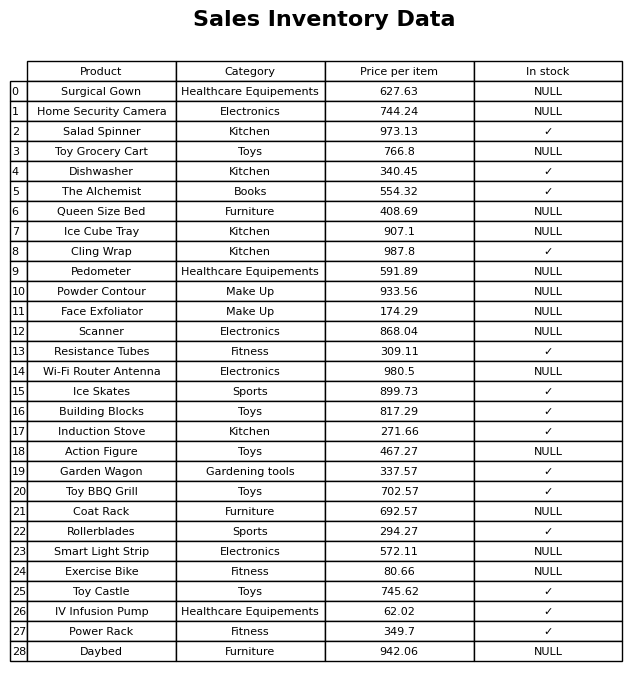
question: Which products are available in stock?
answer: Salad Spinner, Dishwasher, The Alchemist, Cling Wrap, Resistance Tubes, Ice Skates, Building Blocks, Induction Stove, Garden Wagon, Toy BBQ Grill, Rollerblades, Toy Castle, IV Infusion Pump, Power Rack